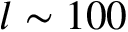
l \sim 1 0 0